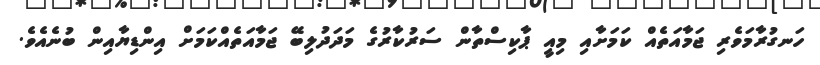
ހަނގުރާމަވެރި ޖަމާއަތެއް ކަމަށާއި މިއީ ޕާކިސްތާން ސަރުކާރުގެ މަދަދުލިބޭ ޖަމާއަތެއްކަމަށް އިންޑިޔާއިން ބުނެއެެވެ.